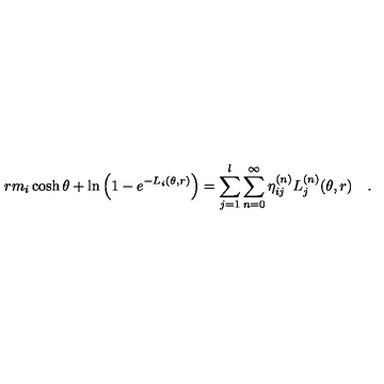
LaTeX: r m _ { i } \cosh \theta + \ln \left( 1 - e ^ { - L _ { i } ( \theta , r ) } \right) = \sum _ { j = 1 } ^ { l } \sum _ { n = 0 } ^ { \infty } \eta _ { i j } ^ { ( n ) } L _ { j } ^ { ( n ) } ( \theta , r ) \quad .